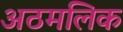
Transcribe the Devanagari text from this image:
अठमलिक